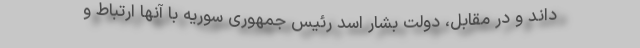
داند و در مقابل، دولت بشار اسد رئیس جمهوری سوریه با آنها ارتباط و